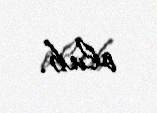
olub.